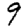
Digit: 9